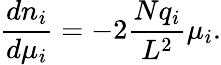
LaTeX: \frac{dn_{i}}{d\mu_{i}}=-2\frac{Nq_{i}}{L^{2}}\mu_{i}.